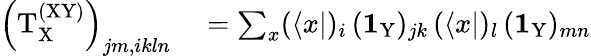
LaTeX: \begin{array}{rl}{\left(\mathrm{T}_{\mathrm X}^{\mathrm{(XY)}}\right)_{jm,ikln}}&{{}=\sum_{x}(\langle x|)_{i}\, (\textbf{1}_{\mathrm{Y}})_{jk}\, (\langle x|)_{l}\, (\textbf{1}_{\mathrm{Y}})_{mn}}\end{array}